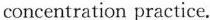
concentration practice.